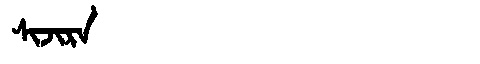
Manchu: ᠰᡳᠵᡳᡵᠠ
Romanization: SIJIRA